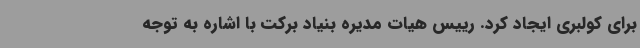
برای کولبری ایجاد کرد. رییس هیات مدیره بنیاد برکت با اشاره به توجه